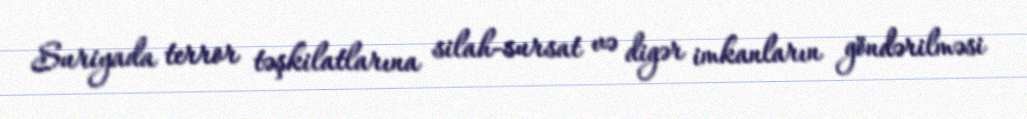
Suriyada terror təşkilatlarına silah-sursat və digər imkanların göndərilməsi